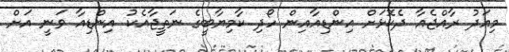
މިއަދު ރާއްޖެއާ ދެކޮޅަށް އިންޑިއާއިން ހޯދި ކާމިޔާބީގެ ނަތީޖާއެކު އިންޑިއާ ވަނީ އަށް